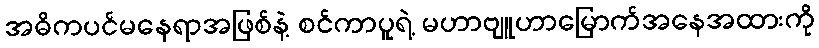
အဓိကပင်မနေရာအဖြစ်နဲ့ စင်ကာပူရဲ့ မဟာဗျူဟာမြောက်အနေအထားကို